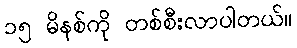
၁၅ မိနစ်ကို တစ်စီးလာပါတယ်။